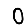
Digit: 0